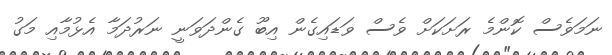
ނަމަވެސް ކޮންމެ ރަށަކަށް ވެސް ވަޑައިގެން އިބޫ ގެންދަވަނީ ނަރުދަމާ އެޅުމާއި މަގު